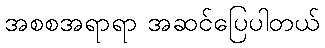
အစစအရာရာ အဆင်ပြေပါတယ်